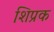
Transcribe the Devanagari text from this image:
शिप्रक